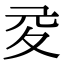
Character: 𡕡